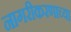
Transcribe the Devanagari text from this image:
नागरीकरणाच्या